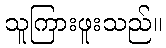
သူကြားဖူးသည်။